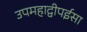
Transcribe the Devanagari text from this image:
उपमहाद्वीपईसा